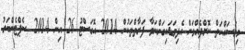
މިމަސައްކަތް ކޮށްދެއްވަން އެދިވަޑައިގަންނަވާ ފަރާތްތަކުން 2014 އޮގަސްޓު 26 އިން 2014 ސެޕްޓެންބަރު